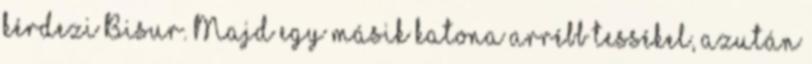
kérdezi Bisur. Majd egy másik katona arrébb tessékel, azután